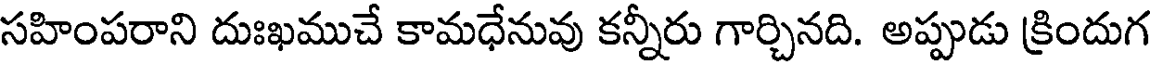
సహింపరాని దుఃఖముచే కామధేనువు కన్నీరు గార్చినది. అప్పుడు క్రిందుగ